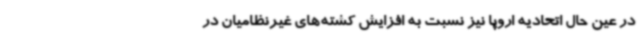
در عین حال اتحادیه اروپا نیز نسبت به افزایش کشته‌های غیرنظامیان در